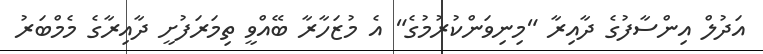
އަދުލް އިންސާފުގެ ދާއިރާ "މިނިވަންކުރުމުގެ" އެ މުޒަހާރާ ބޭއްވީ ތިމަރަފުށީ ދާއިރާގެ މެމްބަރު